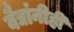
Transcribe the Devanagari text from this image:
वैद्यांनीही